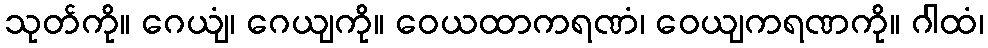
သုတ်ကို။ ဂေယျံ၊ ဂေယျကို။ ဝေယထာကရဏံ၊ ဝေယျကရဏကို။ ဂါထံ၊